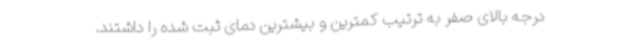
درجه بالای صفر به ترتیب کمترین و بیشترین دمای ثبت شده را داشتند.